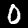
Digit: 0